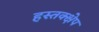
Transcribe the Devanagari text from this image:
हस्तक्क्षेप